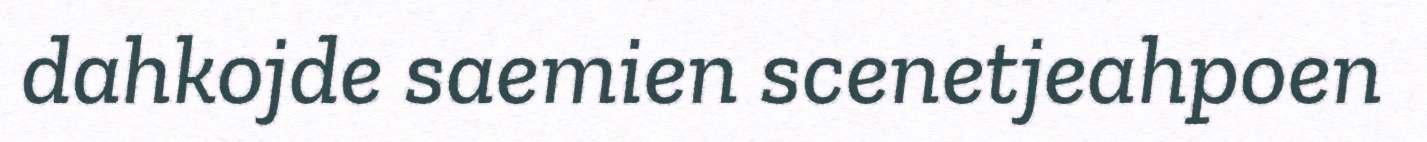
dahkojde saemien scenetjeahpoen